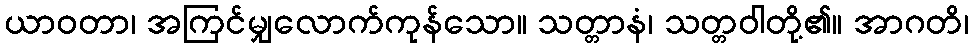
ယာဝတာ၊ အကြင်မျှလောက်ကုန်သော။ သတ္တာနံ၊ သတ္တဝါတို့၏။ အာဂတိ၊